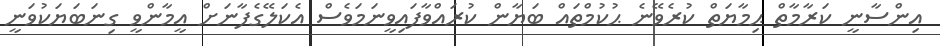
އިންސާނީ ކަރާމާތް ޙިމާޔަތް ކުރެވޭނެ ޙުކުމްތައް ބަޔާން ކުރައްވާފައިވީނަމަވެސް އެކަލޭގެފާނަށް އީމާންވީ ގިނަބަޔަކުވަނީ